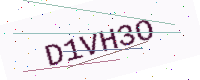
Text: D1VH3O